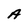
Character: A